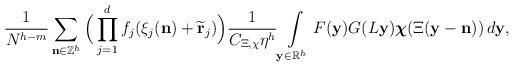
LaTeX: \begin{align*}&\frac{1}{N^{h-m}}\sum\limits_{\mathbf{n}\in \mathbb{Z}^h} \Big(\prod\limits_{j=1}^d f_j(\xi_j(\mathbf{n}) + \widetilde{\mathbf{r}}_j)\Big) \frac{1}{C_{\Xi,\chi}\eta^h}\int\limits_{\mathbf{y}\in \mathbb{R}^h} F(\mathbf{y}) G(L\mathbf{y}) \boldsymbol{\chi}(\Xi(\mathbf{y}-\mathbf{n}))\, d\mathbf{y},\end{align*}